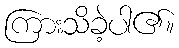
ကြားသိခဲ့ပါ၏။